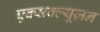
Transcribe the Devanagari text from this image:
एक्सक्ल्यूज़न